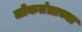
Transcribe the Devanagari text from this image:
लोकतंत्राच्या